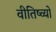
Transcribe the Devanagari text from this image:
वीतिष्व्यो